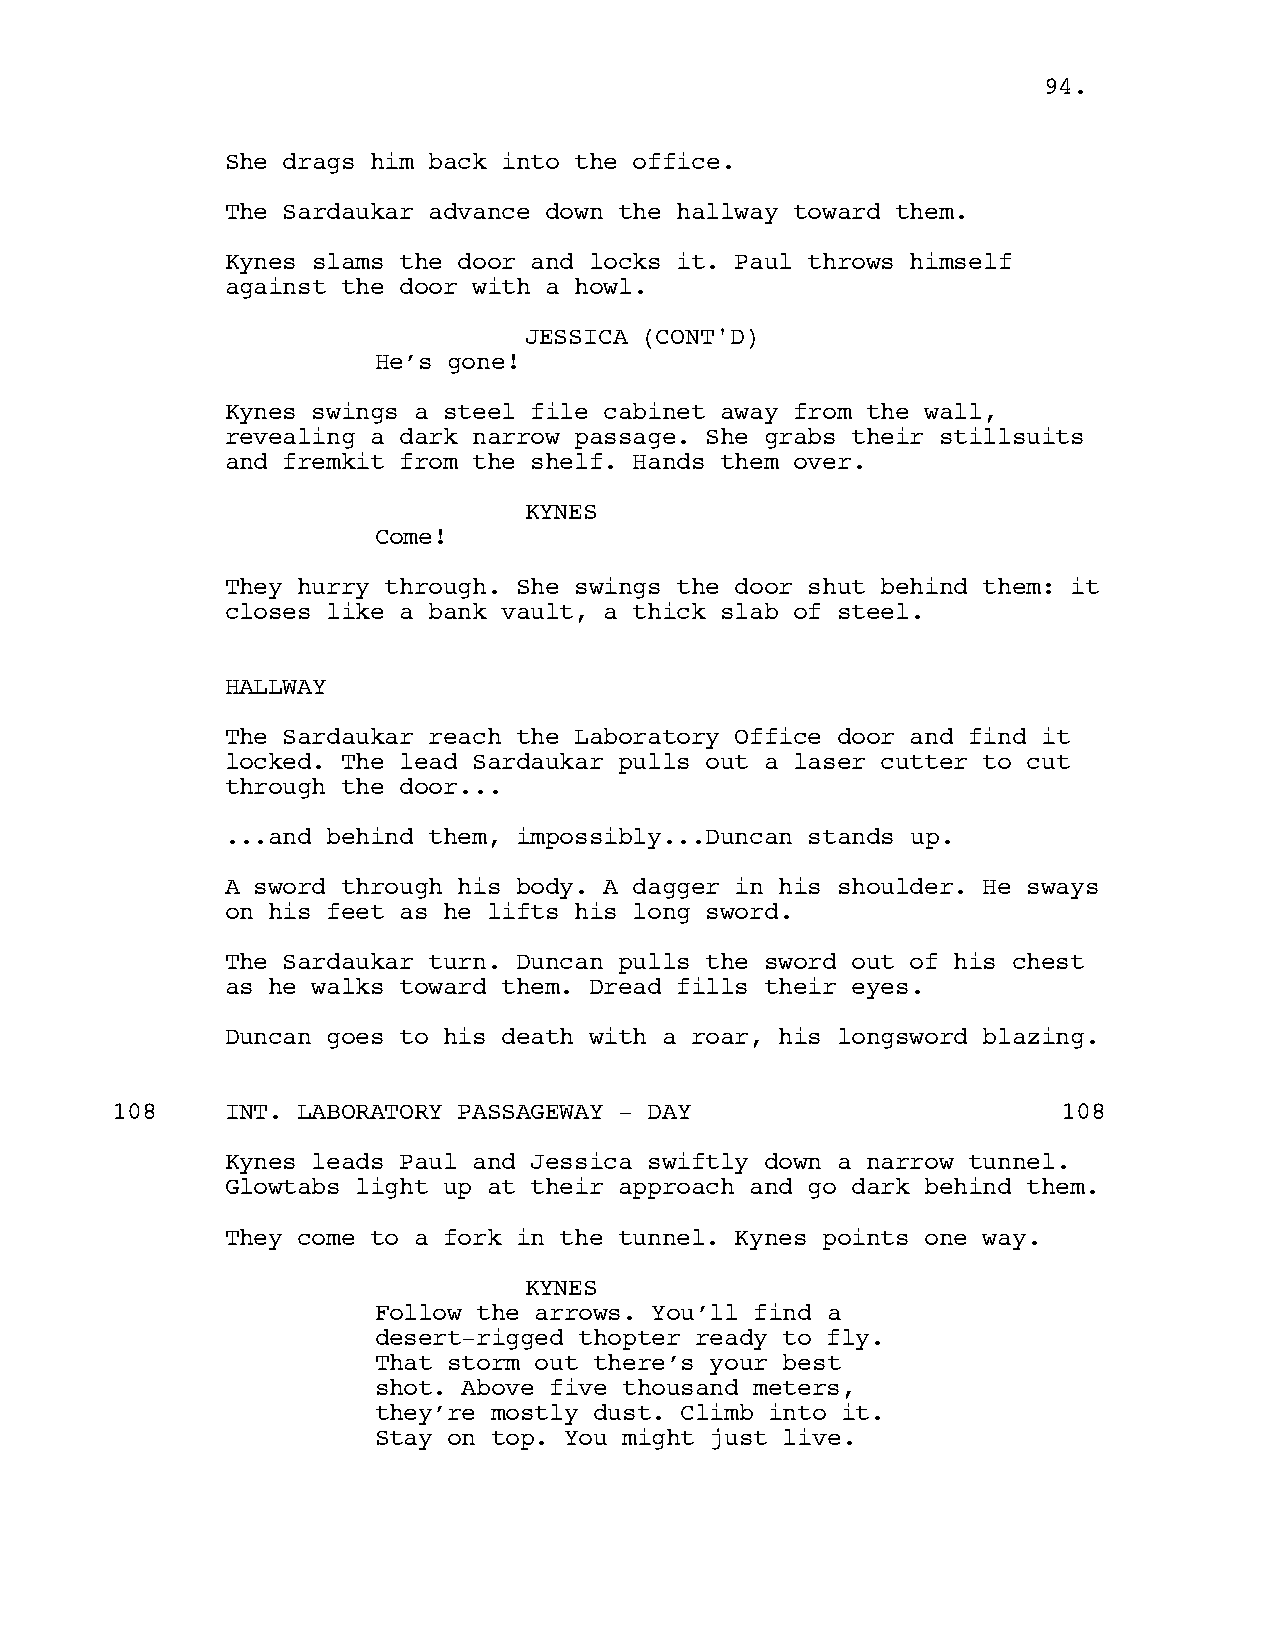
9944..
 She drags him back into the office.
 The Sardaukar advance down the hallway toward them.
 Kynes slams the door and locks it. Paul throws himself
 against the door with a howl.
 JESSICA (CONT'D)
 He’s gone!
 Kynes swings a steel file cabinet away from the wall,
 revealing a dark narrow passage. She grabs their stillsuits
 and fremkit from the shelf. Hands them over.
 KYNES
 Come!
 They hurry through. She swings the door shut behind them: it
 closes like a bank vault, a thick slab of steel.
 HALLWAY
 The Sardaukar reach the Laboratory Office door and find it
 locked. The lead Sardaukar pulls out a laser cutter to cut
 through the door...
 ...and behind them, impossibly...Duncan stands up.
 A sword through his body. A dagger in his shoulder. He sways
 on his feet as he lifts his long sword.
 The Sardaukar turn. Duncan pulls the sword out of his chest
 as he walks toward them. Dread fills their eyes.
 Duncan goes to his death with a roar, his longsword blazing.
 108     INT. LABORATORY PASSAGEWAY - DAY                       108
 Kynes leads Paul and Jessica swiftly down a narrow tunnel.
 Glowtabs light up at their approach and go dark behind them.
 They come to a fork in the tunnel. Kynes points one way.
 KYNES
 Follow the arrows. You’ll find a
 desert-rigged thopter ready to fly.
 That storm out there’s your best
 shot. Above five thousand meters,
 they’re mostly dust. Climb into it.
 Stay on top. You might just live.